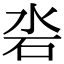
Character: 沯